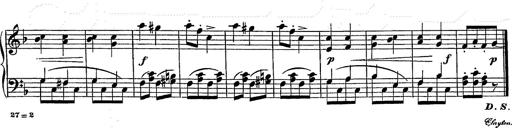
Title: Grand galop chromatique
Composer: Franz Liszt
Key: E-flat major (simplified version in EÂ major)